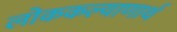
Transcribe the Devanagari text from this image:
लोककल्याणार्थ